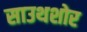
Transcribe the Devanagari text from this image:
साउथशोर